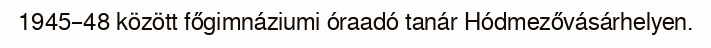
1945–48 között főgimnáziumi óraadó tanár Hódmezővásárhelyen.